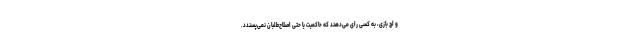
و لج بازی، به کسی رای می‌دهند که حاکمیت یا حتی اصلاح‌طلبان نمی‌پسندد.